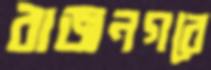
রাজনগরে